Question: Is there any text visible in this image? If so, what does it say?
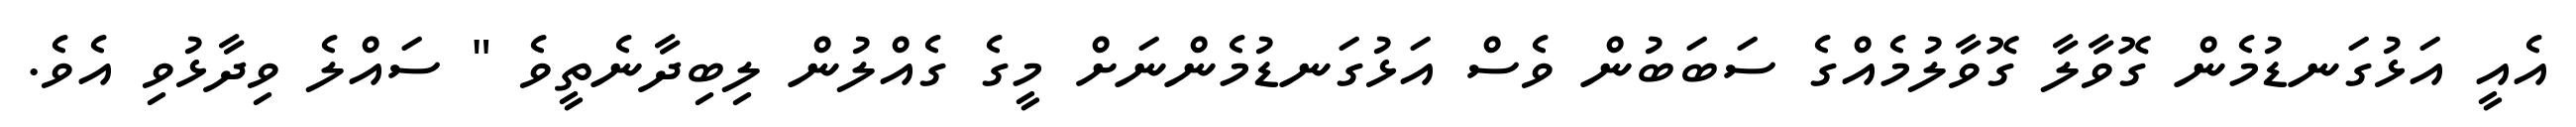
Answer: އެއީ އަޅުގަނޑުމެން ގޮވާލާ ގޮވާލުމެއްގެ ސަބަބުން ވެސް އަޅުގަނޑުމެންނަށް މީގެ ގެއްލުން ލިބިދާނެތީވެ " ސައްލެ ވިދާޅުވި އެވެ.